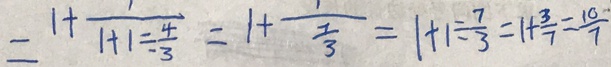
= 1 + \frac { 1 } { 1 + 1 \div \frac { 4 } { 3 } } = 1 + \frac { 1 } { \frac { 7 } { 3 } } = 1 + 1 \div \frac { 7 } { 3 } = 1 + \frac { 3 } { 7 } = \frac { 1 0 } { 7 }